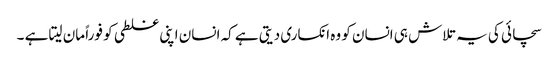
سچائی کی یہ تلاش ہی انسان کو وہ انکساری دیتی ہے کہ انسان اپنی غلطی کو فوراً مان لیتا ہے ۔